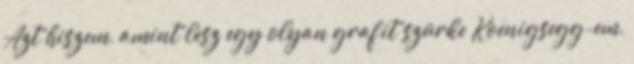
Azt hiszem, amint lesz egy olyan grafit szürke Koenigsegg-em,